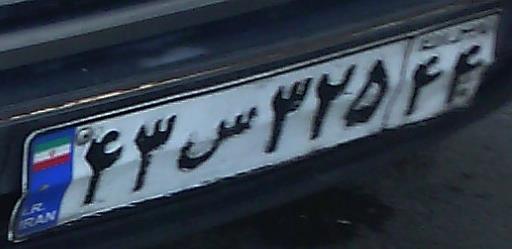
۴۳س۳۲۵۴۴